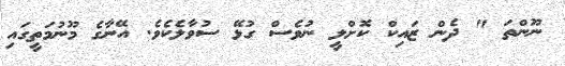
ނޫންތަ " ދެން ޒައިކް ކޮށްލީ ނުވެސް ގުޅޭ ސުވާލެކެވެ. އޭނާގެ މޫނުމަތީގައި